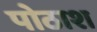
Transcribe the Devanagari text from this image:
पोठाश